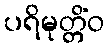
ပရိမုတ္တိံဝ